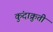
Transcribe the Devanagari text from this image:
कुंदाक्रुती